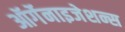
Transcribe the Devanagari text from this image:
ऑर्गेनाइजेशन्स